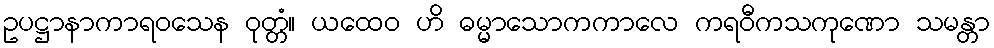
ဥပဋ္ဌာနာကာရဝသေန ဝုတ္တံ။ ယထေဝ ဟိ ဓမ္မာသောကကာလေ ကရဝီကသကုဏော သမန္တာ